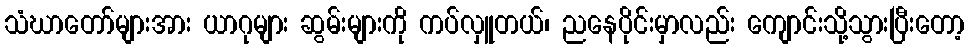
သံဃာတော်များအား ယာဂုများ ဆွမ်းများကို ကပ်လှူတယ်၊ ညနေပိုင်းမှာလည်း ကျောင်းသို့သွားပြီးတော့